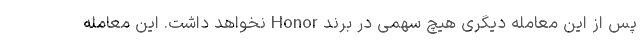
پس از این معامله دیگری هیچ سهمی در برند Honor نخواهد داشت. این معامله